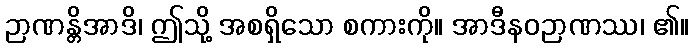
ဉာဏန္တိအာဒိ၊ ဤသို့ အစရှိသော စကားကို။ အာဒီနဝဉာဏဿ၊ ၏။